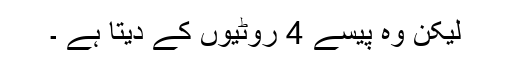
لیکن وہ پیسے 4 روٹیوں کے دیتا ہے ۔